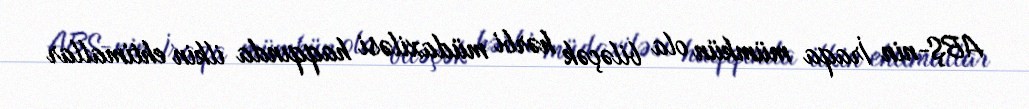
ABŞ-nin İraqa mümkün ola biləçək hərbi müdaxiləsi haqqında ilkin ehtimallar